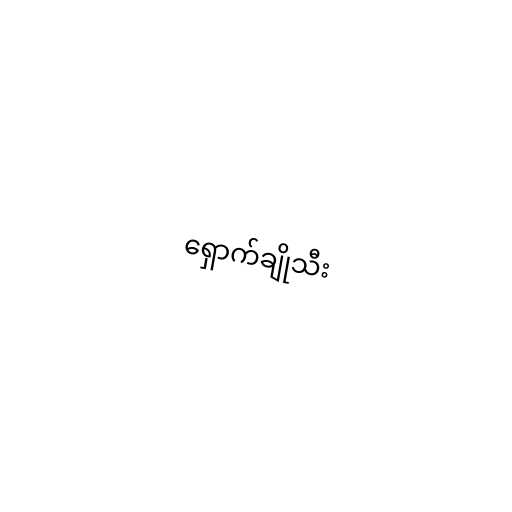
ရှောက်ချိုသီး